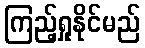
ကြည့်ရှုနိုင်မည်